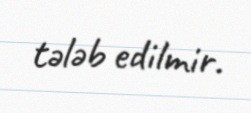
tələb edilmir.